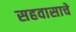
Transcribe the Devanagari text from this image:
सहवासाचे